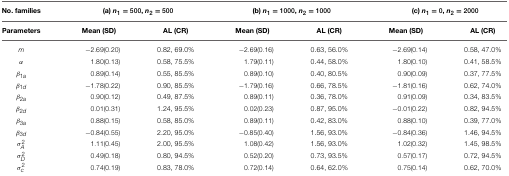
<table><thead><tr><td><b>No. families</b></td><td colspan="2"><b>(a) <i>n</i><sub>1</sub> = 500, <i>n</i><sub>2</sub> = 500</b></td><td colspan="2"><b>(b) <i>n</i><sub>1</sub> = 1000, <i>n</i><sub>2</sub> = 1000</b></td><td colspan="2"><b>(c) <i>n</i><sub>1</sub> = 0, <i>n</i><sub>2</sub> = 2000</b></td></tr></thead><tbody><tr><td><b>Parameters</b></td><td><b>Mean (SD)</b></td><td><b>AL (CR)</b></td><td><b>Mean (SD)</b></td><td><b>AL (CR)</b></td><td><b>Mean (SD)</b></td><td><b>AL (CR)</b></td></tr><tr><td><i>m</i></td><td>−2.69 (0.20)</td><td>0.82, 69.0%</td><td>−2.69 (0.16)</td><td>0.63, 56.0%</td><td>−2.69 (0.14)</td><td>0.58, 47.0%</td></tr><tr><td>α</td><td>1.80 (0.13)</td><td>0.58, 75.5%</td><td>1.79 (0.11)</td><td>0.44, 58.0%</td><td>1.80 (0.10)</td><td>0.41, 58.5%</td></tr><tr><td>β<sub>1<i>a</i></sub></td><td>0.89 (0.14)</td><td>0.55, 85.5%</td><td>0.89 (0.10)</td><td>0.40, 80.5%</td><td>0.90 (0.09)</td><td>0.37, 77.5%</td></tr><tr><td>β<sub>1<i>d</i></sub></td><td>−1.78 (0.22)</td><td>0.90, 85.5%</td><td>−1.79 (0.16)</td><td>0.66, 78.5%</td><td>−1.81 (0.16)</td><td>0.62, 74.0%</td></tr><tr><td>β<sub>2<i>a</i></sub></td><td>0.90 (0.12)</td><td>0.49, 87.5%</td><td>0.89 (0.11)</td><td>0.36, 78.0%</td><td>0.91 (0.09)</td><td>0.34, 83.5%</td></tr><tr><td>β<sub>2<i>d</i></sub></td><td>0.01 (0.31)</td><td>1.24, 95.5%</td><td>0.02 (0.23)</td><td>0.87, 95.0%</td><td>−0.01 (0.22)</td><td>0.82, 94.5%</td></tr><tr><td>β<sub>3<i>a</i></sub></td><td>0.88 (0.15)</td><td>0.58, 85.0%</td><td>0.89 (0.11)</td><td>0.42, 83.0%</td><td>0.88 (0.10)</td><td>0.39, 77.0%</td></tr><tr><td>β<sub>3<i>d</i></sub></td><td>−0.84 (0.55)</td><td>2.20, 95.0%</td><td>−0.85 (0.40)</td><td>1.56, 93.0%</td><td>−0.84 (0.36)</td><td>1.46, 94.5%</td></tr><tr><td>σ<sup>2</sup><sub><i>A</i></sub></td><td>1.11 (0.45)</td><td>2.00, 95.5%</td><td>1.08 (0.42)</td><td>1.56, 93.0%</td><td>1.02 (0.32)</td><td>1.45, 98.5%</td></tr><tr><td>σ<sup>2</sup><sub><i>D</i></sub></td><td>0.49 (0.18)</td><td>0.80, 94.5%</td><td>0.52 (0.20)</td><td>0.73, 93.5%</td><td>0.57 (0.17)</td><td>0.72, 94.5%</td></tr><tr><td>σ<sup>2</sup><sub><i>c</i></sub></td><td>0.74 (0.19)</td><td>0.83, 78.0%</td><td>0.72 (0.14)</td><td>0.64, 62.0%</td><td>0.75 (0.14)</td><td>0.62, 70.0%</td></tr></tbody></table>